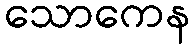
သောကေန